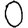
Digit: 0